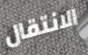
الانتقال